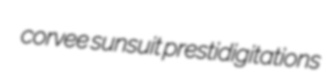
corvee sunsuit prestidigitations